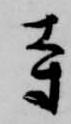
寺